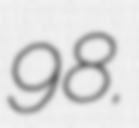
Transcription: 98.